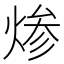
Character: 𰞷